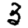
Digit: 3